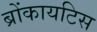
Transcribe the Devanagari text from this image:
ब्रोंकायटिस